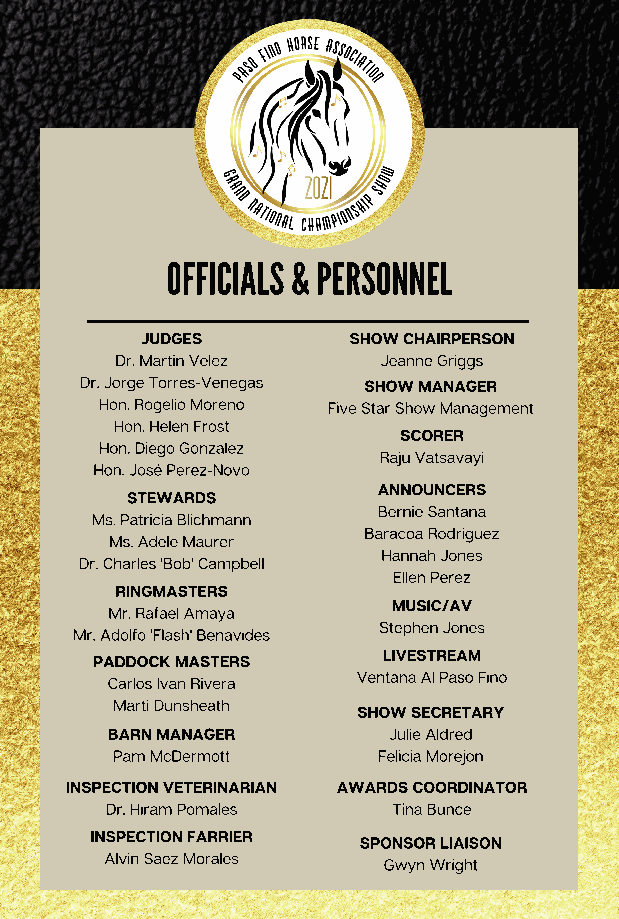
OFFICIALS & PERSONNEL
 JUDGES        SHOW CHAIRPERSON
 Dr. Martin Velez Jeanne Griggs
 Dr. Jorge Torres-Venegas SHOW MANAGER
 Hon. Rogelio Moreno Five Star Show Management
 Hon. Helen Frost
 SCO RER
 Hon. Diego Gonzalez
 Raju Vatsavayi
 Hon. José Perez-Novo
 STEW ARDS
 ANNOU NCERS
 Ms. Patricia Blichmann
 Bernie Santana
 Baracoa Rodriguez
 Ms. Adele Maurer
 Hannah Jones
 Dr. Charles 'Bob' Campbell
 Ellen Perez
 RINGMA STERS
 Mr. Rafae l Amaya
 MUSIC/AV
 Stephen Jones
 Mr. Adolfo 'Flash' Benavides
 PADDOCK MASTERS    LIVESTREAM
 Carlos Ivan Rivera Ventana Al Paso Fino
 Marti Dunsheath
 SHOW SECRETARY
 BARN MANAGER       Julie Aldred
 Pam McDermott     Felicia Morejon
 INSPECTION VETERINARIAN AWARDS COORDINATOR
 Dr. Hiram Pomales  Tina Bunce
 INSPECTION FARRIER
 SPONSOR LIAISON
 Alvin Saez Morales
 Gwyn Wright